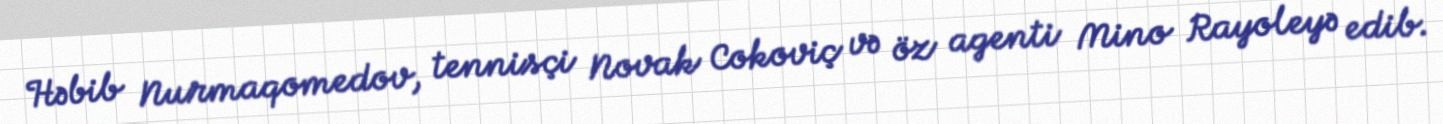
Həbib Nurmaqomedov, tennisçi Novak Cokoviç və öz agenti Mino Rayoleyə edib.